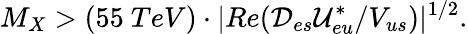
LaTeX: M_{X}>(55~TeV)\cdot|Re({{\cal D}_{es}{\cal U}_{eu}^{*}}/{V_{us}})|^{1/2}.